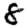
Digit: 8